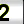
Digit: 2